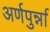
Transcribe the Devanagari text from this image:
अर्णपुर्न्ना